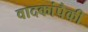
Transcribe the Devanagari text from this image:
वादकांपैकी